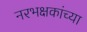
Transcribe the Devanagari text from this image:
नरभक्षकांच्या